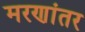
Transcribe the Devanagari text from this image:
मरणांतर